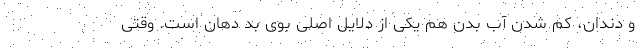
و دندان، کم شدن آب بدن هم یکی از دلایل اصلی بوی بد دهان است. وقتی